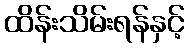
ထိန်းသိမ်းရန်နှင့်